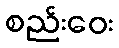
စည်းဝေး